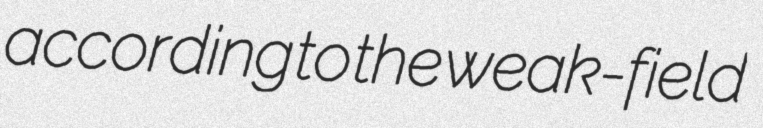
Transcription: according to the weak-field